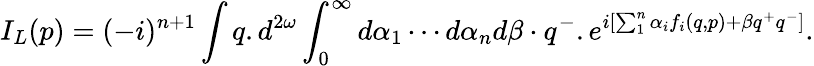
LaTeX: I_{L}(p)=(-i)^{n+1}\int q.d^{2\omega}\int_{0}^{\infty}d\alpha_{1}\cdots d\alpha_{n}d\beta\cdot q^{-}.e^{i[\sum_{1}^{n}\alpha_{i}f_{i}(q,p)+\beta q^{+}q^{-}]}.